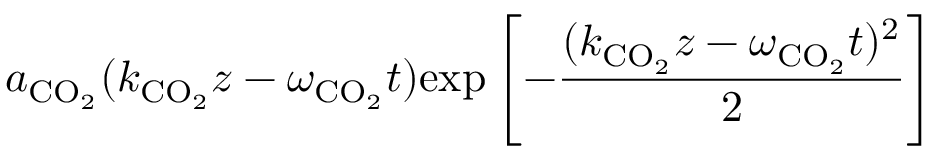
a _ { \mathrm { C O _ { 2 } } } ( k _ { \mathrm { C O _ { 2 } } } z - \omega _ { \mathrm { C O _ { 2 } } } t ) \mathrm { e x p } \left[ - \frac { ( k _ { \mathrm { C O _ { 2 } } } z - \omega _ { \mathrm { C O _ { 2 } } } t ) ^ { 2 } } { 2 } \right]